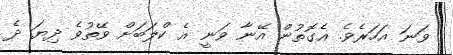
ވަނަ އަހަރެވެ. އެގޮތުން އޭނާ ވަނީ އެ ކްލަބަށް ވޭތުވެ ދިޔަ ދެ